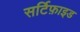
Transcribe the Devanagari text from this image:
सर्टिफ़ाइड